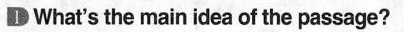
1What's the main idea of the passage?